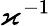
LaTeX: \varkappa^{-1}